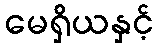
မေရှိယနှင့်